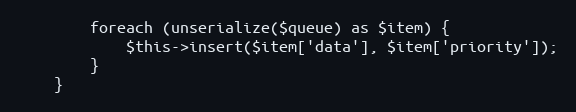
Language: PHP
        foreach (unserialize($queue) as $item) {
            $this->insert($item['data'], $item['priority']);
        }
    }